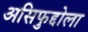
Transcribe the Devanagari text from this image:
असिफुद्दोला